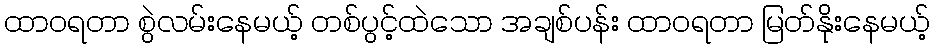
ထာဝရတာ စွဲလမ်းနေမယ့် တစ်ပွင့်ထဲသော အချစ်ပန်း ထာဝရတာ မြတ်နိုးနေမယ့်